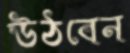
উঠবেন